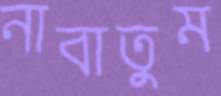
নাবাতুম